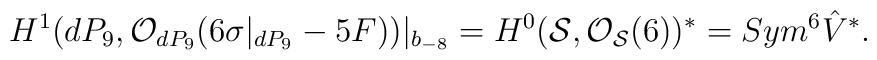
H^{1}(dP_9, {\cal O}_{dP_9}(6 \sigma|_{dP_9} - 5F))|_{b_{-8}}= H^{0}({\cal S}, {\cal O}_{{\cal S}}(6))^{*} =Sym^{6}\hat{V}^{*}.